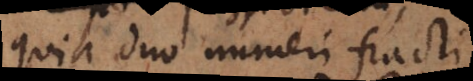
quia duo numeri fracti